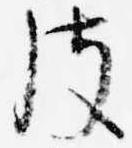
皮